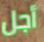
أجل